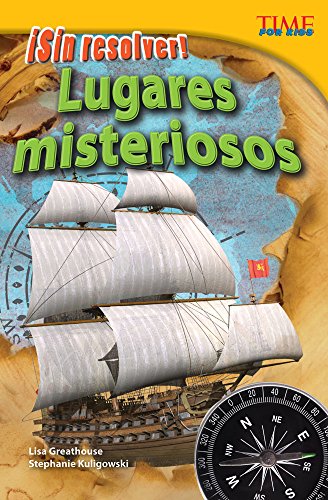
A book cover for Â¡Sin resolver! Lugares misteriosos (Unsolved! Mysterious Places) (Sin Resolver!: Time for Kids Nonfiction Readers) (Spanish Edition); Lisa Greathouse; Children's Books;